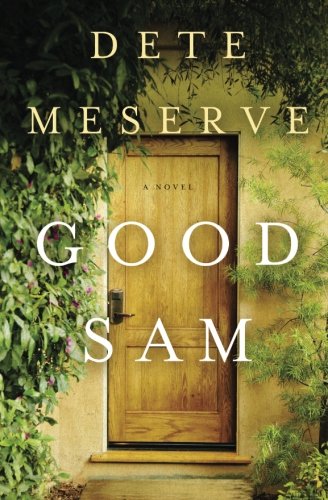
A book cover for Good Sam; Dete Meserve; Romance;